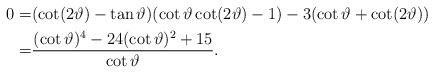
LaTeX: \begin{align*}0=&(\cot (2\vartheta) -\tan \vartheta ) (\cot \vartheta \cot (2\vartheta) -1)-3(\cot \vartheta+\cot (2\vartheta))\\=&\frac{(\cot \vartheta )^{4} -24 (\cot \vartheta )^{2}+15}{\cot \vartheta}.\end{align*}